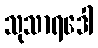
သုသာရဒေါ